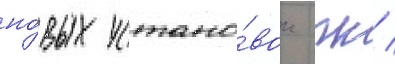
но́вых устано́вок гк /